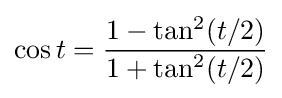
\cos t={\frac {1-\tan ^{2}(t/2)}{1+\tan ^{2}(t/2)}}